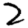
Digit: 2